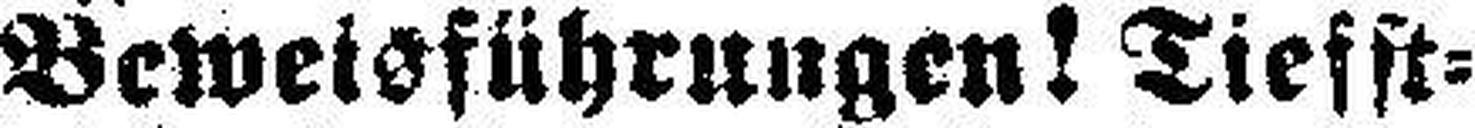
Beweisführungen! Tiefst¬